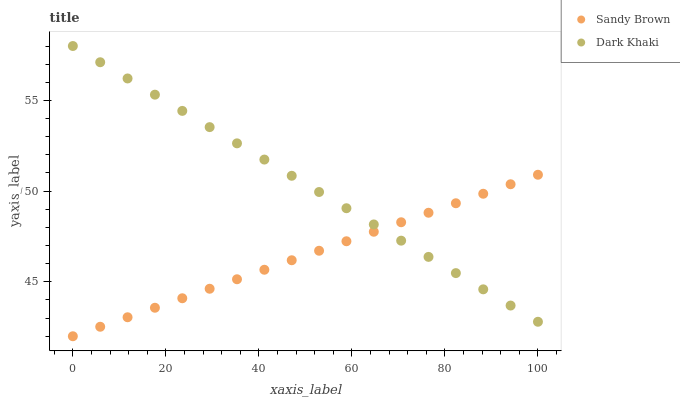
| xaxis_label | Sandy Brown | Dark Khaki |
 | --- | --- | --- |
 | 0 | 42 | 58 |
 | 5.88 | 42.5 | 57.1 |
 | 11.8 | 43 | 56.2 |
 | 17.6 | 43.6 | 55.3 |
 | 23.5 | 44.1 | 54.4 |
 | 29.4 | 44.6 | 53.5 |
 | 35.3 | 45.1 | 52.6 |
 | 41.2 | 45.7 | 51.7 |
 | 47.1 | 46.2 | 50.8 |
 | 52.9 | 46.7 | 50 |
 | 58.8 | 47.2 | 49.1 |
 | 64.7 | 47.8 | 48.2 |
 | 70.6 | 48.3 | 47.3 |
 | 76.5 | 48.8 | 46.4 |
 | 82.4 | 49.3 | 45.5 |
 | 88.2 | 49.9 | 44.6 |
 | 94.1 | 50.4 | 43.7 |
 | 100 | 50.9 | 42.8 |